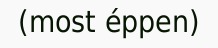
(most éppen)